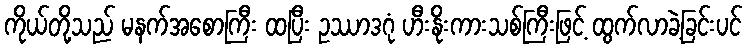
ကိုယ်တို့သည် မနက်အစောကြီး ထပြီး ဥဿာဒဂုံ ဟီးနိုးကားသစ်ကြီးဖြင့် ထွက်လာခဲ့ခြင်းပင်